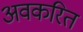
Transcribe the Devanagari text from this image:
अवकरित